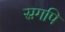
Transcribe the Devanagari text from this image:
स्रगपि